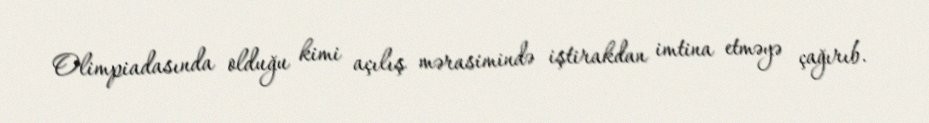
Olimpiadasında olduğu kimi açılış mərasimində iştirakdan imtina etməyə çağırıb.